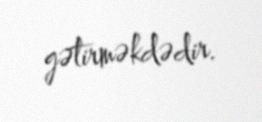
gətirməkdədir.